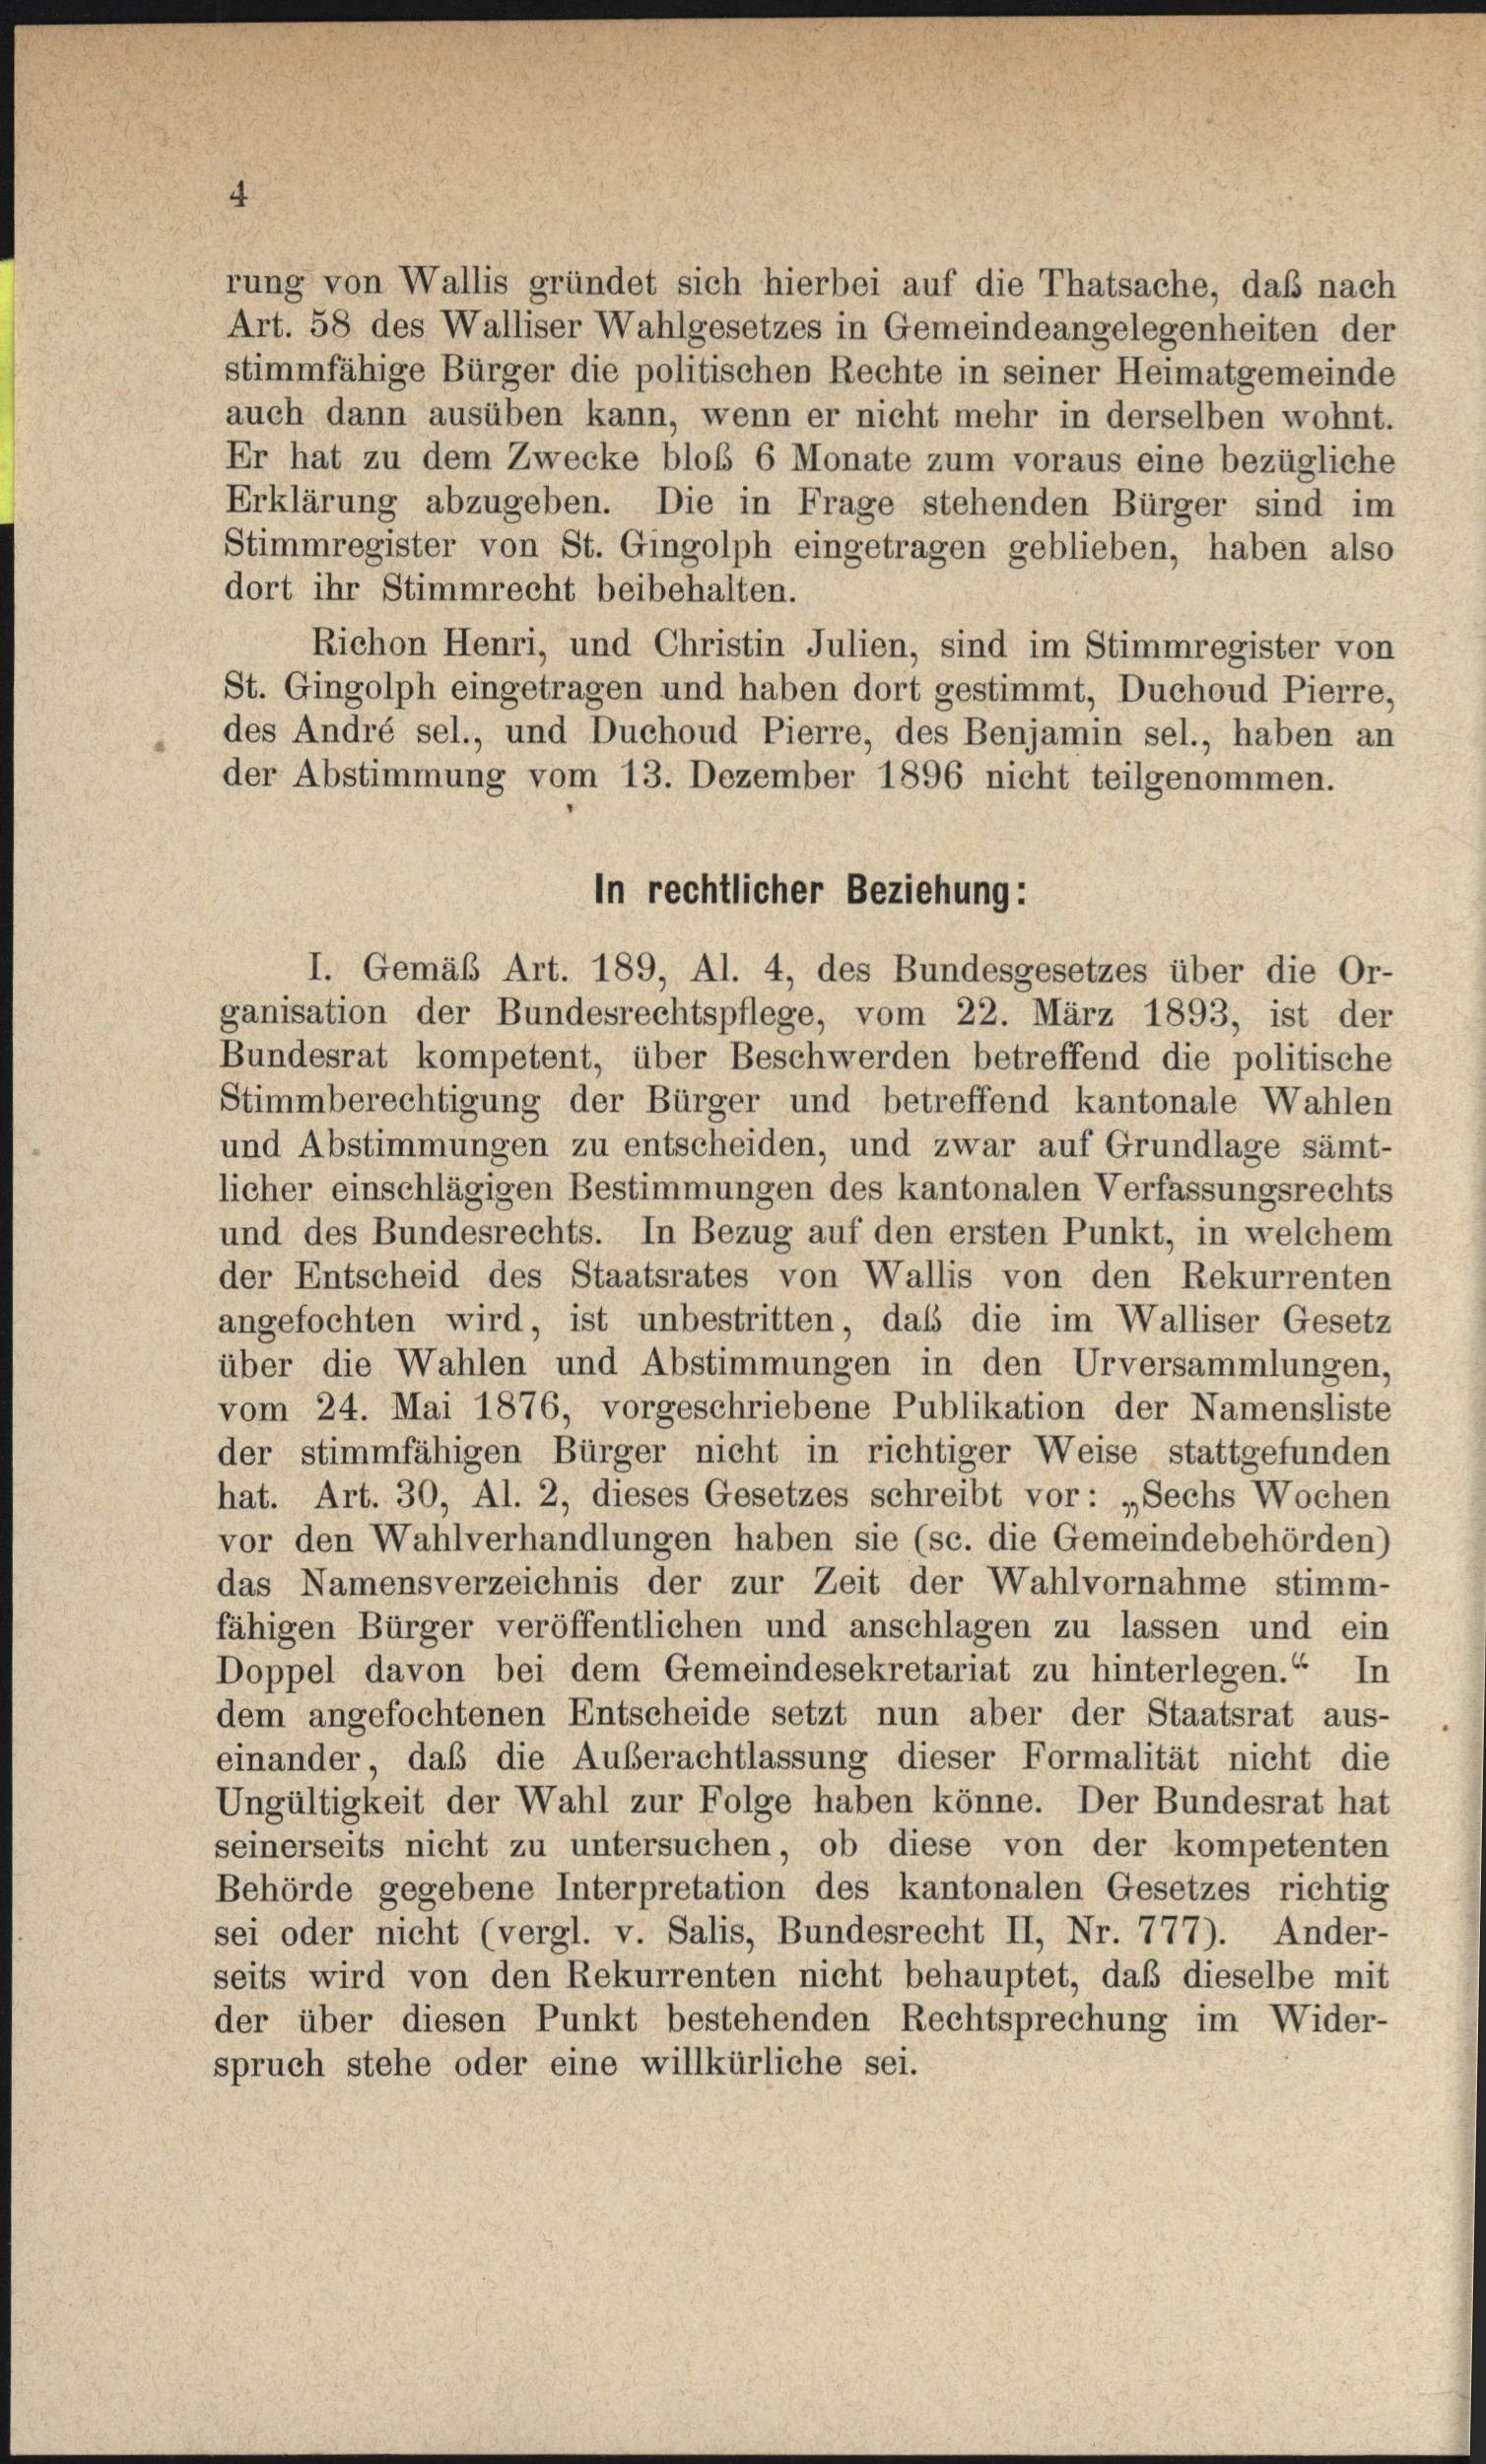
rung von Wallis gründet sich hierbei auf die Thatsache, daß nach
Art. 58 des Walliser Wahlgesetzes in Gemeindeangelegenheiten der
stimmfähige Bürger die politischen Rechte in seiner Heimatgemeinde
auch dann ausüben kann, wenn er nicht mehr in derselben wohnt.
Er hat zu dem Zwecke bloß 6 Monate zum voraus eine bezügliche
Erklärung abzugeben. Die in Frage stehenden Bürger sind im
Stimmregister von St. Gingolph eingetragen geblieben, haben also
dort ihr Stimmrecht beibehalten.
Richon Henri, und Christin Julien, sind im Stimmregister von
St. Gingolph eingetragen und haben dort gestimmt, Duchoud Pierre,
des André sel., und Duchoud Pierre, des Benjamin sel., haben an
der Abstimmung vom 13. Dezember 1896 nicht teilgenommen.
I. Gemäß Art. 189, Al. 4, des Bundesgesetzes über die Or-
ganisation der Bundesrechtspflege, vom 22. März 1893, ist der
Bundesrat kompetent, über Beschwerden betreffend die politische
Stimmberechtigung der Bürger und betreffend kantonale Wahlen
und Abstimmungen zu entscheiden, und zwar auf Grundlage sämt-
licher einschlägigen Bestimmungen des kantonalen Verfassungsrechts
und des Bundesrechts. In Bezug auf den ersten Punkt, in welchem
der Entscheid des Staatsrates von Wallis von den Rekurrenten
angefochten wird, ist unbestritten, daß die im Walliser Gesetz
über die Wahlen und Abstimmungen in den Urversammlungen,
vom 24. Mai 1876, vorgeschriebene Publikation der Namensliste
der stimmfähigen Bürger nicht in richtiger Weise stattgefunden
hat. Art. 30, Al. 2, dieses Gesetzes schreibt vor: „Sechs Wochen
vor den Wahlverhandlungen haben sie (sc. die Gemeindebehörden)
das Namensverzeichnis der zur Zeit der Wahlvornahme stimm-
fähigen Bürger veröffentlichen und anschlagen zu lassen und ein
Doppel davon bei dem Gemeindesekretariat zu hinterlegen.“ In
dem angefochtenen Entscheide setzt nun aber der Staatsrat aus-
einander, daß die Auberachtlassung dieser Formalität nicht die
Ungültigkeit der Wahl zur Folge haben könne. Der Bundesrat hat
seinerseits nicht zu untersuchen, ob diese von der kompetenten
Behörde gegebene Interpretation des kantonalen Gesetzes richtig
sei oder nicht (vergl. v. Salis, Bundesrecht II, Nr. 777). Ander-
seits wird von den Rekurrenten nicht behauptet, daß dieselbe mit
der über diesen Punkt bestehenden Rechtsprechung im Wider-
spruch stehe oder eine willkürliche sei.

in rechtlicher Beziehung: